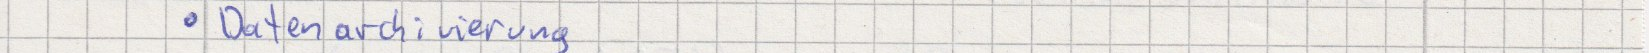
Datenarchivierung